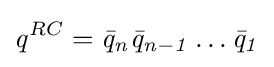
{\mathit {q}}^{RC}={\mathit {{\bar {q}}_{n}}}{\mathit {{\bar {q}}_{n-1}}}\dots {\mathit {{\bar {q}}_{1}}}